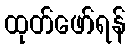
ထုတ်ဖော်ရန်